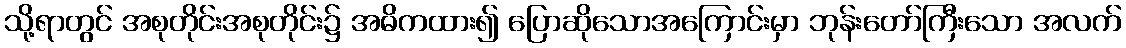
သို့ရာတွင် အစုတိုင်းအစုတိုင်း၌ အဓိကထား၍ ပြောဆိုသောအကြောင်းမှာ ဘုန်းတော်ကြီးသော အလက်